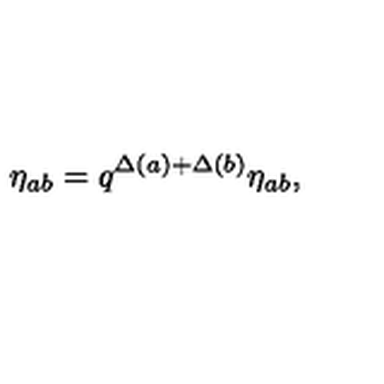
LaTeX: \eta _ { a b } = q ^ { \Delta ( a ) + \Delta ( b ) } \eta _ { a b } ,